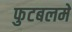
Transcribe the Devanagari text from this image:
फुटबलमे